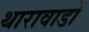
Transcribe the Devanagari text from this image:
थारावाडों